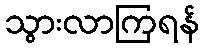
သွားလာကြရန်